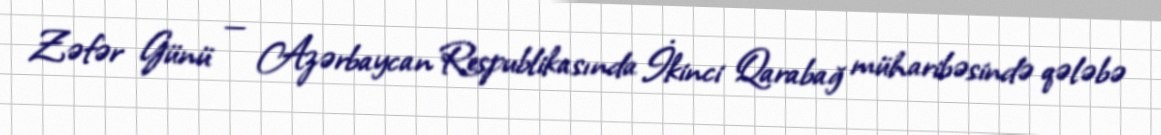
Zəfər Günü — Azərbaycan Respublikasında İkinci Qarabağ müharibəsində qələbə